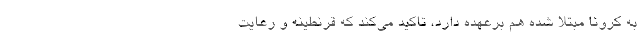
به کرونا مبتلا شده هم برعهده دارد، تاکید می‌کند که قرنطینه و رعایت